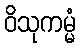
ဝိသုကမ္မံ